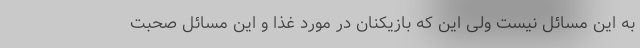
به این مسائل نیست ولی این که بازیکنان در مورد غذا و این مسائل صحبت